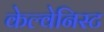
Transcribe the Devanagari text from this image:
केल्वेनिस्ट